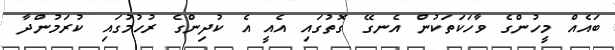
ބައެއް މީހުންގެ ވާހަކަތަކުން އެނގޭ ގޮތުގައި އެއީ އެ ކުދިންގެ ރުހުމުގައި ކުރަމުންދާ